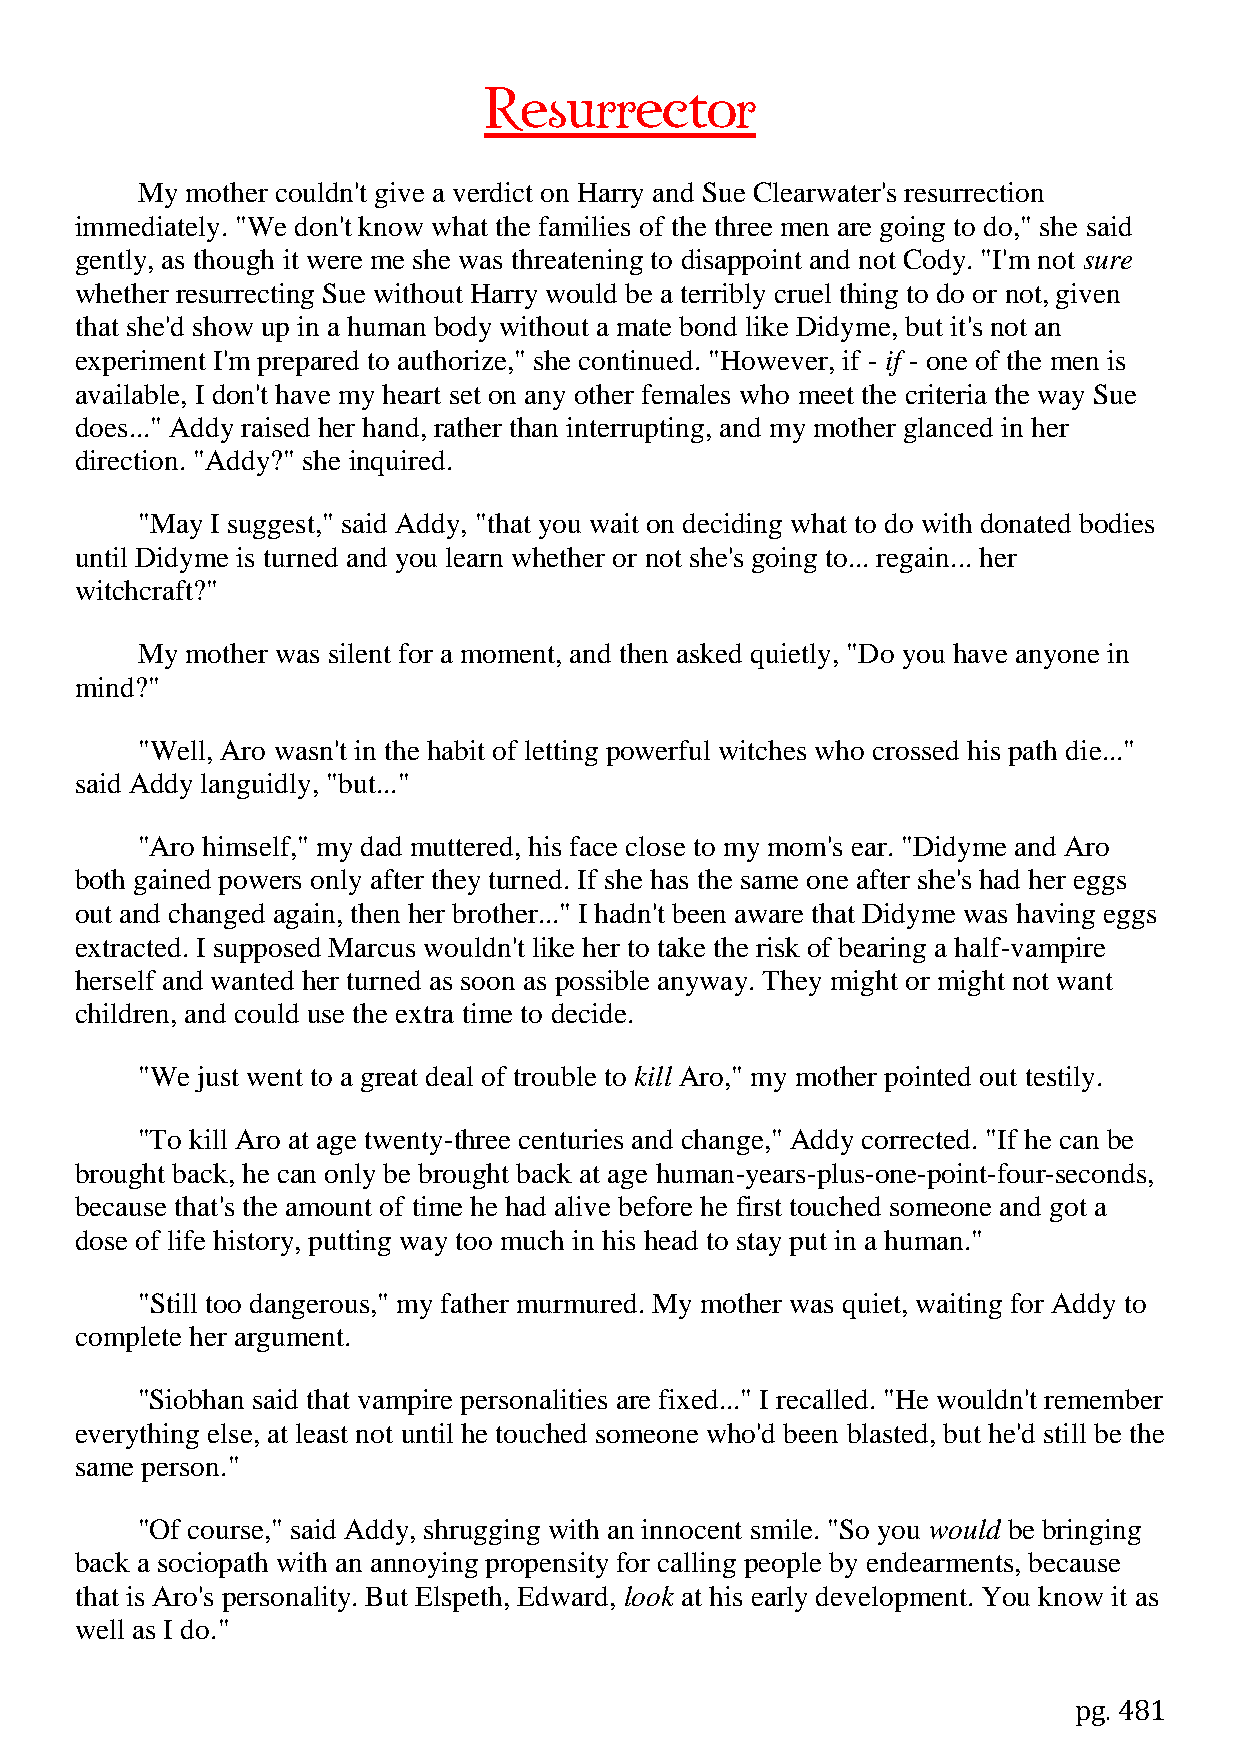
Resurrector
 My mother couldn't give a verdict on Harry and Sue Clearwater's resurrection
 immediately. "We don't know what the families of the three men are going to do," she said
 gently, as though it were me she was threatening to disappoint and not Cody. "I'm not sure
 whether resurrecting Sue without Harry would be a terribly cruel thing to do or not, given
 that she'd show up in a human body without a mate bond like Didyme, but it's not an
 experiment I'm prepared to authorize," she continued. "However, if - if - one of the men is
 available, I don't have my heart set on any other females who meet the criteria the way Sue
 does..." Addy raised her hand, rather than interrupting, and my mother glanced in her
 direction. "Addy?" she inquired.
 "May I suggest," said Addy, "that you wait on deciding what to do with donated bodies
 until Didyme is turned and you learn whether or not she's going to... regain... her
 witchcraft?"
 My mother was silent for a moment, and then asked quietly, "Do you have anyone in
 mind?"
 "Well, Aro wasn't in the habit of letting powerful witches who crossed his path die..."
 said Addy languidly, "but..."
 "Aro himself," my dad muttered, his face close to my mom's ear. "Didyme and Aro
 both gained powers only after they turned. If she has the same one after she's had her eggs
 out and changed again, then her brother..." I hadn't been aware that Didyme was having eggs
 extracted. I supposed Marcus wouldn't like her to take the risk of bearing a half-vampire
 herself and wanted her turned as soon as possible anyway. They might or might not want
 children, and could use the extra time to decide.
 "We just went to a great deal of trouble to kill Aro," my mother pointed out testily.
 "To kill Aro at age twenty-three centuries and change," Addy corrected. "If he can be
 brought back, he can only be brought back at age human-years-plus-one-point-four-seconds,
 because that's the amount of time he had alive before he first touched someone and got a
 dose of life history, putting way too much in his head to stay put in a human."
 "Still too dangerous," my father murmured. My mother was quiet, waiting for Addy to
 complete her argument.
 "Siobhan said that vampire personalities are fixed..." I recalled. "He wouldn't remember
 everything else, at least not until he touched someone who'd been blasted, but he'd still be the
 same person."
 "Of course," said Addy, shrugging with an innocent smile. "So you would be bringing
 back a sociopath with an annoying propensity for calling people by endearments, because
 that is Aro's personality. But Elspeth, Edward, look at his early development. You know it as
 well as I do."
 pg. 481